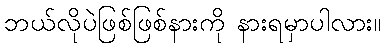
ဘယ်လိုပဲဖြစ်ဖြစ်နားကို နားရမှာပါလား။